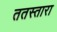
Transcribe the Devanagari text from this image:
ततस्तारा